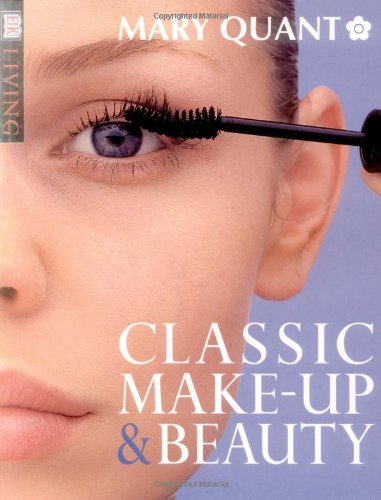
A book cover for Classic Makeup and Beauty (DK Living); Mary Quant; Health, Fitness & Dieting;